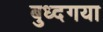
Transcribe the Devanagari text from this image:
बुध्दगया